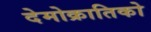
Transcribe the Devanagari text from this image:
देमोक्रातिको